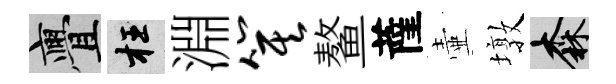
亹枉淵箕鳌薩壷墩森